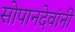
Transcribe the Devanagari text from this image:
सोपानदेवांनी